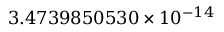
3 . 4 7 3 9 8 5 0 5 3 0 \times 1 0 ^ { - 1 4 }